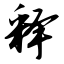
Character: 释